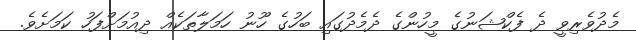
މެދުވެރިވީ ދެ ފެކްޝަނުގެ މީހުންގެ ދެމެދުގައި ބަހުގެ ހޫނު ހަމަލާތަކެއް ދިއުމަށްފަހު ކަމަށެވެ.